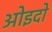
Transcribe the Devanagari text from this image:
ओइदो